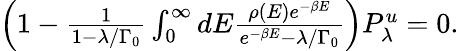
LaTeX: \begin{array}{r}{\Big(1-\frac{1}{1-\lambda/\Gamma_{0}}\int_{0}^{\infty}dE\frac{\rho(E)e^{-\beta E}}{e^{-\beta E}-\lambda/\Gamma_{0}}\Big)P_{\lambda}^{u}=0.}\end{array}